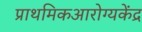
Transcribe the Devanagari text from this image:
प्राथमिकआरोग्यकेंद्र